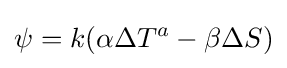
\psi =k(\alpha \Delta T^{a}-\beta \Delta S)